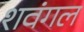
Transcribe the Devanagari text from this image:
शवंगल